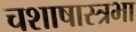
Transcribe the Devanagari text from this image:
चशाषास्त्रभा